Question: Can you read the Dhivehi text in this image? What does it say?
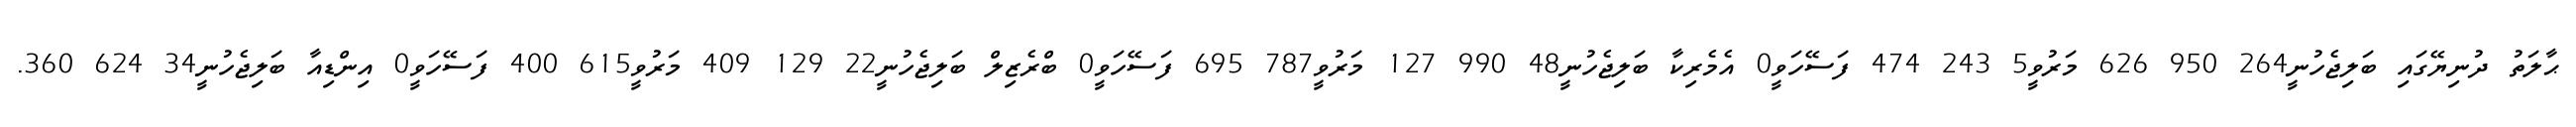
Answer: ޙާލަތު ދުނިޔޭގައި ބަލިޖެހުނީ264 950 626 މަރުވީ5 243 474 ފަސޭހަވީ0 އެމެރިކާ ބަލިޖެހުނީ48 990 127 މަރުވީ787 695 ފަސޭހަވީ0 ބްރެޒިލް ބަލިޖެހުނީ22 129 409 މަރުވީ615 400 ފަސޭހަވީ0 އިންޑިއާ ބަލިޖެހުނީ34 624 360.